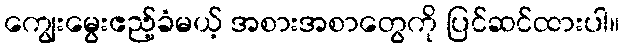
ကျွေးမွေးဧည့်ခံမယ့် အစားအစာတွေကို ပြင်ဆင်ထားပါ။